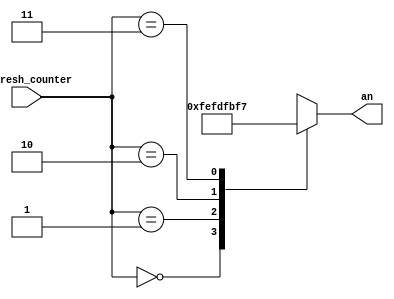
`timescale 1ns / 1ps
//////////////////////////////////////////////////////////////////////////////////
// Company: 
// Engineer: 
// 
// Design Name: 
// Module Name: anode_controller
// Project Name: 
// Target Devices: 
// Tool Versions: 
// Description: 
// 
// Dependencies: 
// 
// Revision:
// Revision 0.01 - File Created
// Additional Comments:
// 
//////////////////////////////////////////////////////////////////////////////////


module anode_controller(
        input wire[1:0] refresh_counter,
        output reg[7:0] an
    );
    always@(refresh_counter) begin
        case(refresh_counter)
            0: begin
                an <= 8'b11111110;
            end
            1: begin
                an <= 8'b11111101;
            end
            2: begin
                an <= 8'b11111011;
            end
            3: begin
                an <= 8'b11110111;
            end
        endcase
    end
endmodule